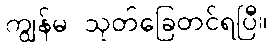
ကျွန်မ သုတ်ခြေတင်ရပြီ။